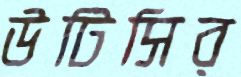
উটিসির